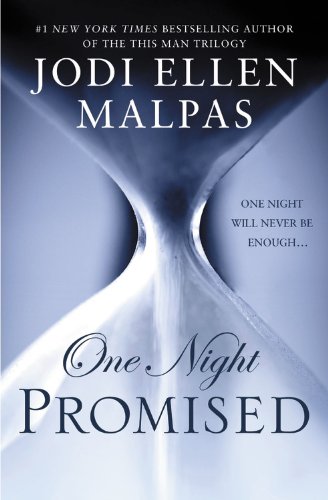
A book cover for One Night: Promised (The One Night Trilogy); Jodi Ellen Malpas; Romance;